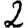
Digit: 2